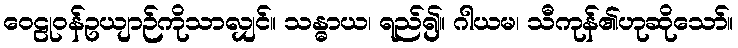
ဝေဠုဝန်ဥယျာဉ်ကိုသာလျှင်။ သန္ဓာယ၊ ရည်၍။ ဂါယမ၊ သီကုန်၏ဟုဆိုသော်။